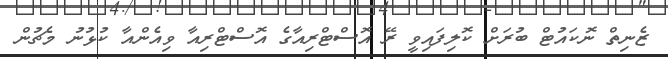
ޒެނިތް ނޮކައުޓް ބުރަށް ކޮލިފައިވީ ރޭ އޮސްޓްރިއާގެ އޮސްޓްރިއާ ވިއެންއާ ކުޅުނު މެޗުން